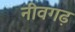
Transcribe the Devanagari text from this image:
नीवगढ़